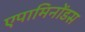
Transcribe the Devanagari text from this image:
एपामिनोंडस